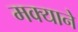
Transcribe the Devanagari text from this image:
मक्याने